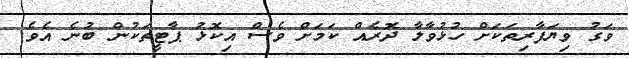
ވަގު ވިޔަފާރިތަކަށް ހުޅުވާލާ ދޮރެއް ކަމަށް ވެސް އިކޮޅު ޕާޓީތަކުން ބުނެ އެވެ.